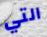
التي